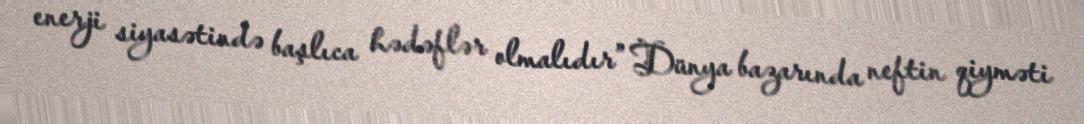
enerji siyasətində başlıca hədəflər olmalıdır” Dünya bazarında neftin qiyməti